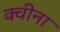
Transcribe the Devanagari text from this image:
क्वीना